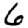
Digit: 6